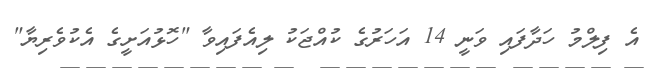
އެ ފިލްމު ހަދާފައި ވަނީ 14 އަހަރުގެ ކުއްޖަކު ލިއެފައިވާ "ހޮޅުއަށީގެ އެކުވެރިޔާ"